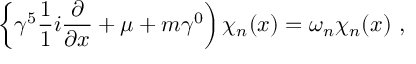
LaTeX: \left\{ \gamma ^ { 5 } \frac { 1 } { 1 } { i } \frac { \partial } { \partial x } + \mu + m \gamma ^ { 0 } \right) \chi _ { n } ( x ) = \omega _ { n } \chi _ { n } ( x ) \ ,